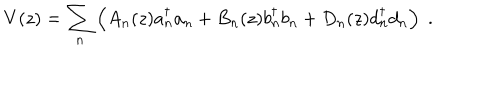
LaTeX: V ( z ) = { \sum _ { n } } \left( A _ { n } ( z ) a { _ n ^ { \dagger } } a _ { n } + B _ { n } ( z ) b { _ n ^ { \dagger } } b _ { n } + D _ { n } ( z ) d { _ n ^ { \dagger } } d _ { n } \right) \; .